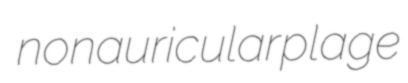
nonauricular plage